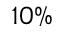
1 0 \%